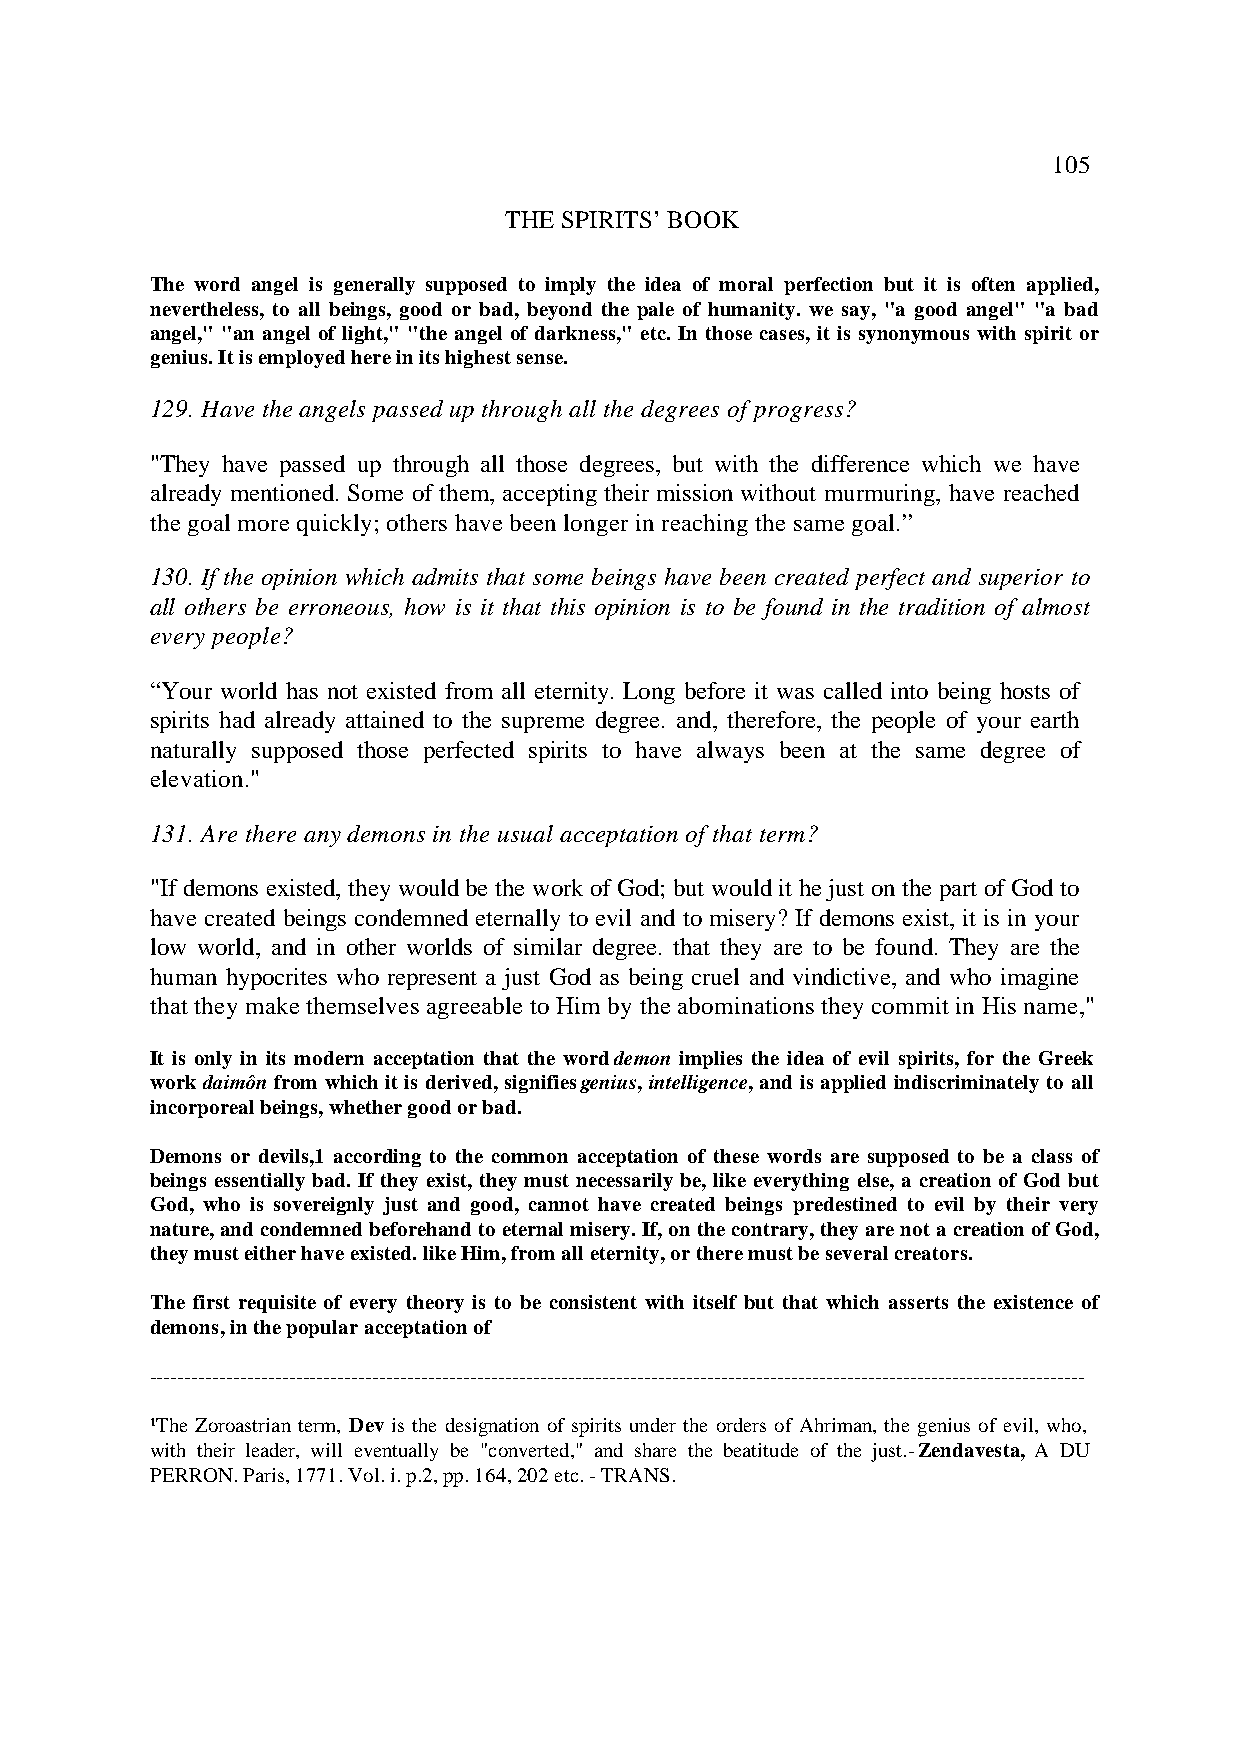
105
 THE SPIRITS’ BOOK
 The word angel is generally supposed to imply the idea of moral perfection but it is often applied,
 nevertheless, to all beings, good or bad, beyond the pale of humanity. we say, "a good angel" "a bad
 angel," "an angel of light," "the angel of darkness," etc. In those cases, it is synonymous with spirit or
 genius. It is employed here in its highest sense.
 129. Have the angels passed up through all the degrees of progress?
 "They have passed up through all those degrees, but with the difference which we have
 already mentioned. Some of them, accepting their mission without murmuring, have reached
 the goal more quickly; others have been longer in reaching the same goal.”
 130. If the opinion which admits that some beings have been created perfect and superior to
 all others be erroneous, how is it that this opinion is to be found in the tradition of almost
 every people?
 “Your world has not existed from all eternity. Long before it was called into being hosts of
 spirits had already attained to the supreme degree. and, therefore, the people of your earth
 naturally supposed those perfected spirits to have always been at the same degree of
 elevation."
 131. Are there any demons in the usual acceptation of that term?
 "If demons existed, they would be the work of God; but would it he just on the part of God to
 have created beings condemned eternally to evil and to misery? If demons exist, it is in your
 low world, and in other worlds of similar degree. that they are to be found. They are the
 human hypocrites who represent a just God as being cruel and vindictive, and who imagine
 that they make themselves agreeable to Him by the abominations they commit in His name,"
 It is only in its modern acceptation that the word demon implies the idea of evil spirits, for the Greek
 work daimôn from which it is derived, signifies genius, intelligence, and is applied indiscriminately to all
 incorporeal beings, whether good or bad.
 Demons or devils,1 according to the common acceptation of these words are supposed to be a class of
 beings essentially bad. If they exist, they must necessarily be, like everything else, a creation of God but
 God, who is sovereignly just and good, cannot have created beings predestined to evil by their very
 nature, and condemned beforehand to eternal misery. If, on the contrary, they are not a creation of God,
 they must either have existed. like Him, from all eternity, or there must be several creators.
 The first requisite of every theory is to be consistent with itself but that which asserts the existence of
 demons, in the popular acceptation of
 --------------------------------------------------------------------------------------------------------------------------------------
 ¹The Zoroastrian term, Dev is the designation of spirits under the orders of Ahriman, the genius of evil, who,
 with their leader, will eventually be "converted," and share the beatitude of the just.- Zendavesta, A DU
 PERRON. Paris, 1771. Vol. i. p.2, pp. 164, 202 etc. - TRANS.